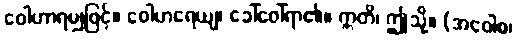
ဝေါဟာရမျှဖြင့်။ ဝေါဟရေယျ၊ ခေါ်ဝေါ်ရာ၏။ ဣတိ၊ ဤသို့။ (အဝေါစ၊